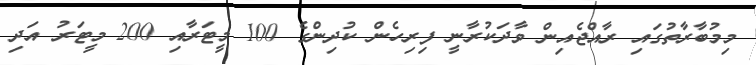
މިމުބާރާތުގައި ރާއްޖެއިން ވާދަކުރާނީ ފިރިހެން ކުދިންގެ 100 މީޓަރާއި 200 މީޓަރު އަދި